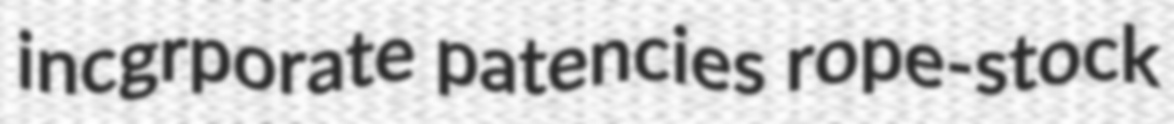
incgrporate patencies rope-stock